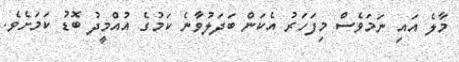
މާލެ އައި ނަމަވެސް މިފަހަރު އެކަން ބަދަލުވާނެ ކަމުގެ އުއްމީދު ބޮޑު ކަމަށެވެ.